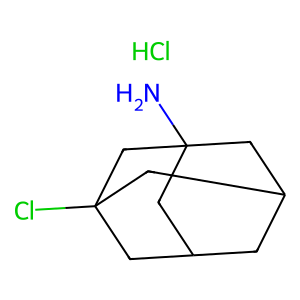
SMILES: Cl.NC12CC3CC(C1)CC(Cl)(C3)C2
Inhibits HIV replication: No